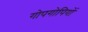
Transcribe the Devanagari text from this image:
गोपगोपियों